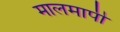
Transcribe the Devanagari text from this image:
मालमापी